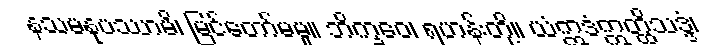
နသမနုပဿာမိ၊ မြင်တော်မမူ။ ဘိက္ခဝေ၊ ရဟန်းတို့။ ယံဣဒံဣတ္ထိသဒ္ဒံ၊